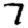
Digit: 7